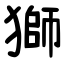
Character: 獅